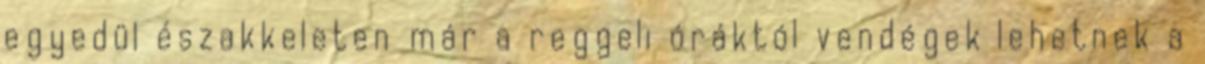
egyedül északkeleten már a reggeli óráktól vendégek lehetnek a